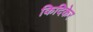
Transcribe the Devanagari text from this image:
किदिकेर